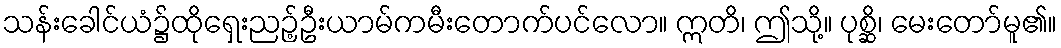
သန်းခေါင်ယံ၌ထိုရှေးညဉ့်ဦးယာမ်ကမီးတောက်ပင်လော။ ဣတိ၊ ဤသို့။ ပုစ္ဆိ၊ မေးတော်မူ၏။